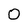
Character: 0